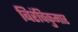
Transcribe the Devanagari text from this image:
बिरंचिकुमार